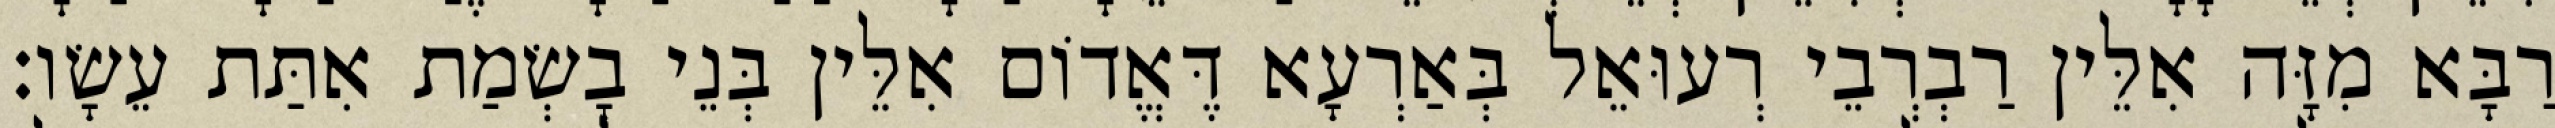
רַבָּא מִזָּה אִלֵּין רַבְרְבֵי רְעוּאֵל בְּאַרְעָא דֶּאֱדוֹם אִלֵּין בְּנֵי בָשְׂמַת אִתַּת עֵשָׂו׃